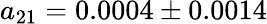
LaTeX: a_{21}=0.0004\pm 0.0014